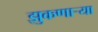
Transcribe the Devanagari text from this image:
झुकणाऱ्या